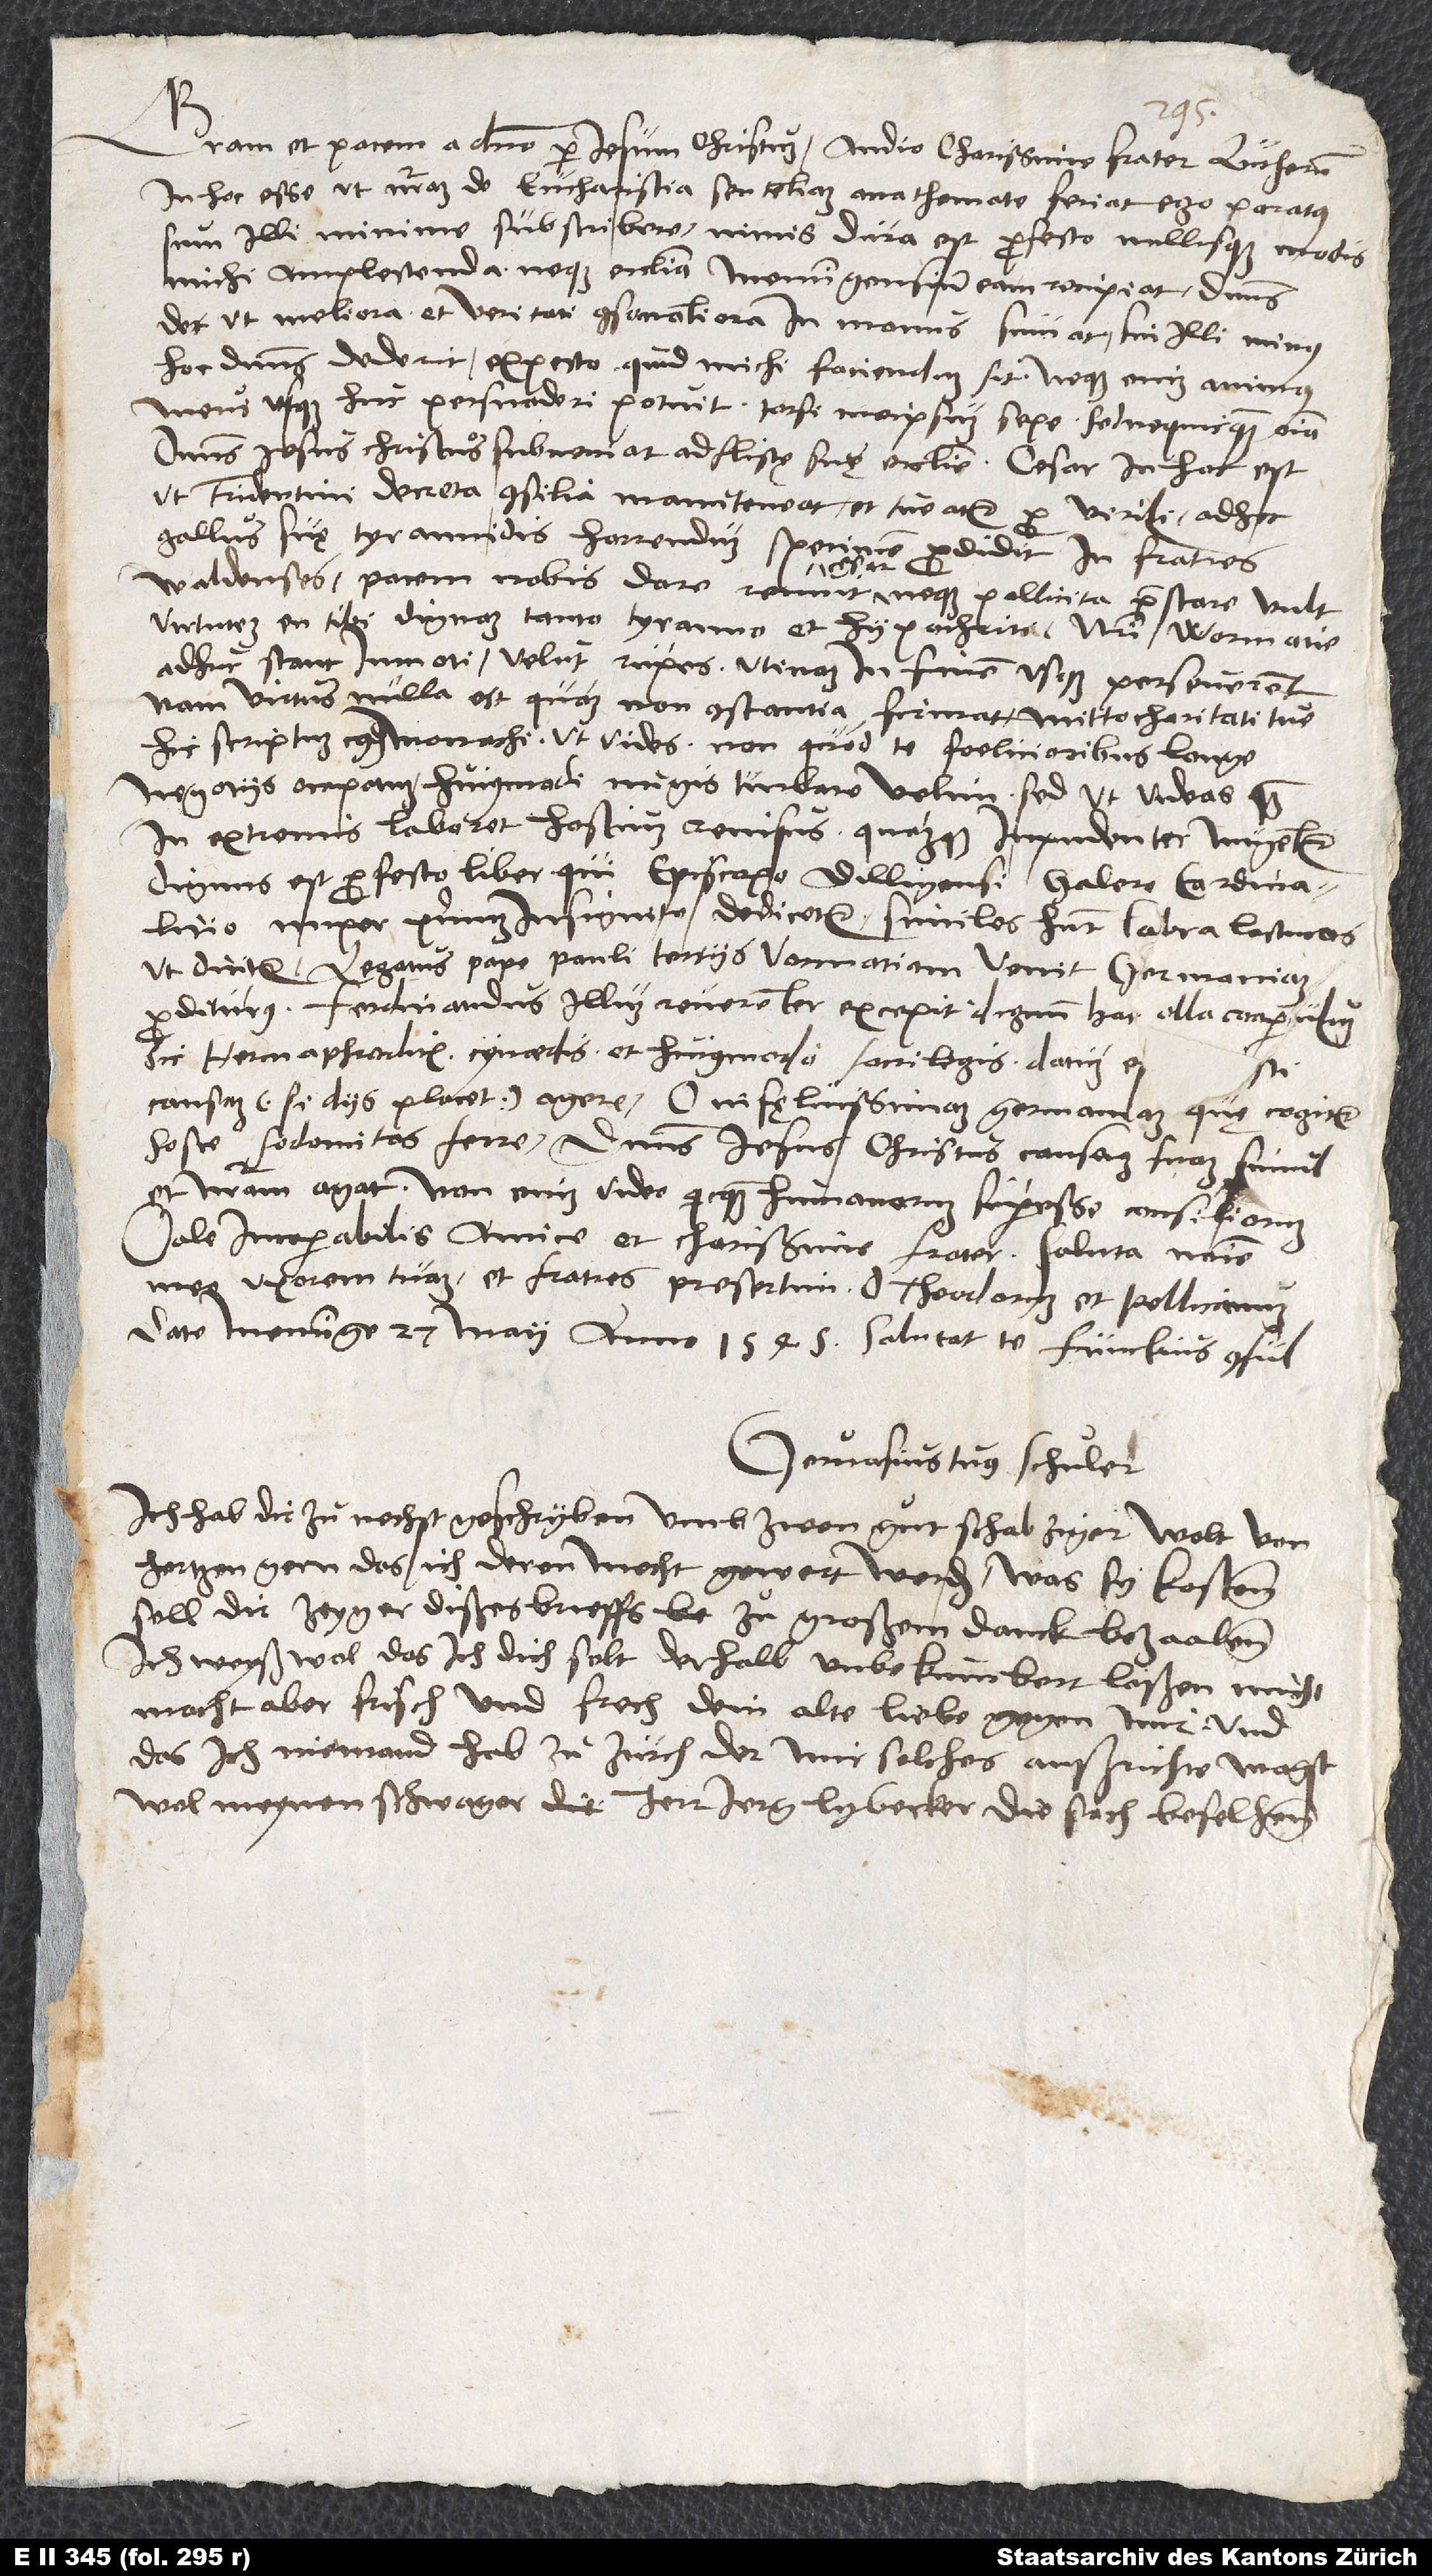
Gratiam et pacem a domino per Iesum Christum. Audio, charissime frater, Lutherum
in hoc esse, ut nostram de eucharistia sententiam anathemate feriat. Ego paratus
sum illi minime subscribere; nimis dura est profecto nullisque modis
michi amplectenda, neque ecclesia Memmingensium eam recipiet. Dominus
det, ut meliora et veritati consonantiora in manus sumat. Sin illi minus
hoc dominus dederit, expecto, quid michi faciendum sit. Neque enim animus
meus usque huc persuaderi potuit. Torsi me ipsum sepe, sed nequicquam omnia.
Dominus Iesus Christus subveniat adflictę suę ecclesie. Cesar in hoc est,
ut Tridentini decreta consilii manuteneat et tueatur pro virili. Adhoc
Gallus suę tyrannidis horrendum specimen prodidit in fratres
Waldenses. Pacem nobis dare renuit cęsar neque pollicita praestare vult;
virtutem en tibi dignam tanto tyranno et hypochrita! Nostri Wormatie
adhuc stant inmoti velut rupes; utinam in finem usque perseverent!
Nam virtus nulla est, quam non constantia firmat. Mitto charitati tue
hic scriptum cuiusdam monachi, ut vides; non quod te, foelicioribus longe
negotiis occupatum, huiusmodi nugis turbare velim, sed ut videas, quam
in extremis laboret hostium renisus quamque inpudenter nugentur.
Dignus est profecto liber, qui episcopo Dilligensi, galero cardinalitio
nuper primum insignito, dedicetur. Similes habent labra lactucas,
ut dicitur. Legatus pape Pauli tertii Vormatiam venit, Germaniam
proditurus. Ferdinandus illum reverenter excepit, dignum hac olla cooperculum.
Hic hermaphroditis, cynaedis et huiusmodi sacrilegis datum essti
causam (si diis placet) agere. O infęlicissimam Germaniam, quę cogitur
hosce sodomitas ferre! Dominus Iesus Christus causam suam simul
et nostram agat! Non enim video quicquam humanorum superesse consiliorum.
Vale, incomparabilis amice et charissime frater. Saluta nomine
meo uxorem tuam et fratres, presertim d. Theodorum et Pellicanum.
Date Meminge, 27. maii anno 1545. Salutat te Funckius consul.
Gervasius tuus Schuler.
Ich hab dir zunechst geschryben umb zwen gut schabziger. Wolt von
hertzen gern, das ich deren mocht gewert werden. Was sy kostenn,
soll dir zeyger dißes brieffs zu großem danck bezaalenn.
Ich weyß wol, das ich dich solt derhalb unbekumbert laßen; mich
macht aber frisch und frech dein alte liebe gegen mir, und
das ich niemand hab zu Zürch, der mir solches außrichte. Magst
wol meynem schwager, herr Jerg Lybecker, die sach befelhenn.